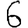
Digit: 6